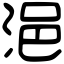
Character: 浥